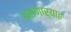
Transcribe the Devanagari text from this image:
असणार्याह